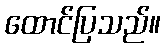
ထောင်ပြသည်။